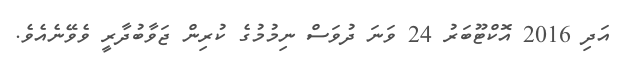
އަދި 2016 އޮކްޓޫބަރު 24 ވަނަ ދުވަސް ނިމުމުގެ ކުރިން ޖަވާބުދާރީ ވެވޭނެއެވެ.